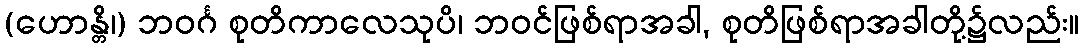
(ဟောန္တိ၊) ဘဝင်္ဂ စုတိကာလေသုပိ၊ ဘဝင်ဖြစ်ရာအခါ, စုတိဖြစ်ရာအခါတို့၌လည်း။